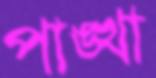
পাঙ্খা